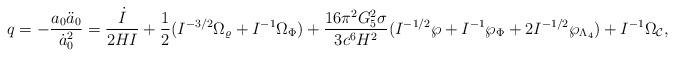
LaTeX: \begin{align*}q=-{{a_0\ddot{a}_0}\over \dot{a}^2_0}={\dot{I}\over{2HI}}+{1\over 2}(I^{-3/2}\Omega_{\varrho}+I^{-1}\Omega_{\Phi})+{{16\pi^2G^2_5\sigma}\over{3c^6H^2}}(I^{-1/2}\wp+I^{-1}\wp_{\Phi}+2I^{-1/2}\wp_{\Lambda_4})+I^{-1}\Omega_{\cal C},\end{align*}